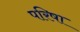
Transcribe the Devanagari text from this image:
परिषा